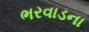
ભરવાડના